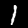
Digit: 1